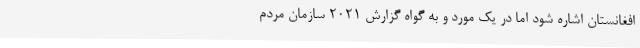
افغانستان اشاره شود اما در یک مورد و به گواه گزارش ۲۰۲۱ سازمان مردم